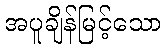
အပူချိန်မြင့်သော